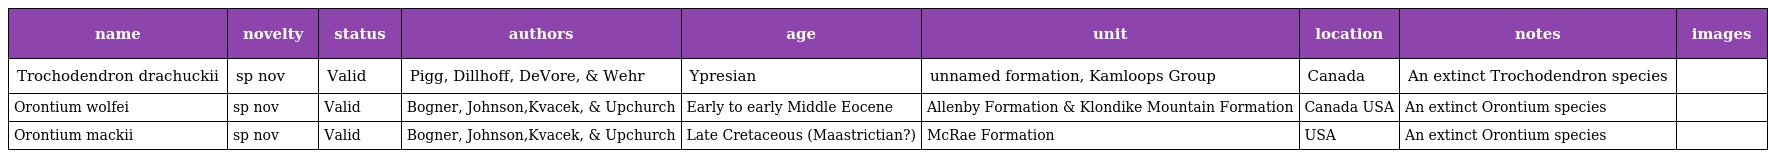
| name | novelty | status | authors | age | unit | location | notes | images |
 | --- | --- | --- | --- | --- | --- | --- | --- | --- |
 | Trochodendron drachuckii | sp nov | Valid | Pigg, Dillhoff, DeVore, & Wehr | Ypresian | unnamed formation, Kamloops Group | Canada | An extinct Trochodendron species |  |
 | Orontium wolfei | sp nov | Valid | Bogner, Johnson,Kvacek, & Upchurch | Early to early Middle Eocene | Allenby Formation & Klondike Mountain Formation | Canada USA | An extinct Orontium species |  |
 | Orontium mackii | sp nov | Valid | Bogner, Johnson,Kvacek, & Upchurch | Late Cretaceous (Maastrictian?) | McRae Formation | USA | An extinct Orontium species |  |